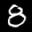
Label: 8